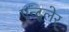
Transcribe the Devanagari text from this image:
एन्द्लेर्